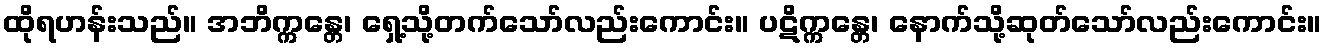
ထိုရဟန်းသည်။ အဘိက္ကန္တေ၊ ရှေ့သို့တက်သော်လည်းကောင်း။ ပဋိက္ကန္တေ၊ နောက်သို့ဆုတ်သော်လည်းကောင်း။